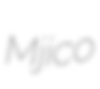
Mjico